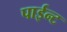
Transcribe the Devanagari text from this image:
पाईन्ट